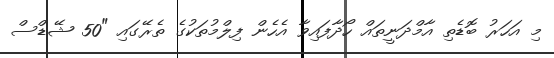
މި އަހަރު ބޮޑެތި އާމްދަނީތައް ހޯދާފައިވާ އެހެން ފިލްމުތަކުގެ ތެރޭގައި "50 ޝޭޑްސް